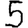
Digit: 5